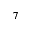
^ 7